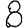
Digit: 8